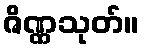
ဇိဏ္ဏသုတ်။